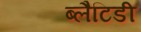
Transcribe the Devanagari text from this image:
ब्लैटिडी